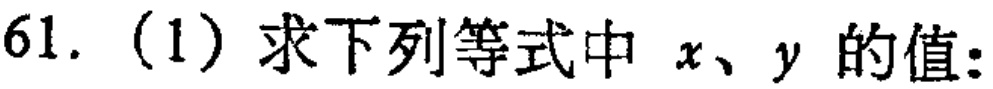
61. (1) 求下列等式中 \(x、y\) 的值: